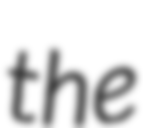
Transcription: the